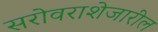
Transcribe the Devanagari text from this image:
सरोवराशेजारील